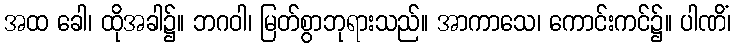
အထ ခေါ၊ ထိုအခါ၌။ ဘဂဝါ၊ မြတ်စွာဘုရားသည်။ အာကာသေ၊ ကောင်းကင်၌။ ပါဏိံ၊